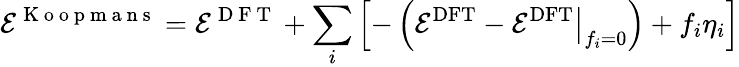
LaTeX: \mathcal{E}^{\mathrm{{~K~o~o~p~m~a~n~s~}}}={\mathcal{E}^{\mathrm{{~D~F~T~}}}}+\sum_{i}\left[-\left(\mathcal{E}^{\mathrm{{DFT}}}-\left.\mathcal{E}^{\mathrm{{DFT}}}\right|_{f_{i}=0}\right)+f_{i}\eta_{i}\right]